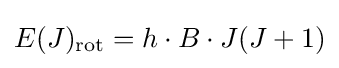
E(J)_{\mathrm {rot} }=h\cdot B\cdot J(J+1)